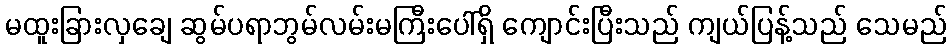
မထူးခြားလှချေ ဆွမ်ပရာဘွမ်လမ်းမကြီးပေါ်ရှိ ကျောင်းပြီးသည် ကျယ်ပြန့်သည် သေမည်